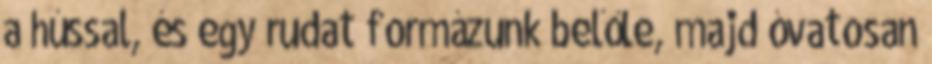
a hússal, és egy rudat formázunk belőle, majd óvatosan